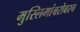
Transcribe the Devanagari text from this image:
मुस्लिमांबरोबरच